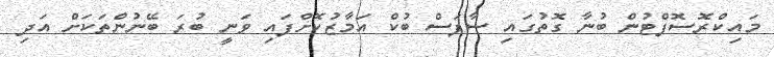
މައިކްރޮސޮފްޓުން ބުނާ ގޮތުގައި ސާފަސް ބުކް އަމާޒުކޮށްފައި ވަނީ ބުރަ ބޭނުންތަކަށް އަދި